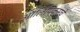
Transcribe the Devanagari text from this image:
ऑलिंपिक्सचे